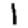
Digit: 1